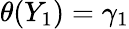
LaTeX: \theta(Y_{1})=\gamma_{1}